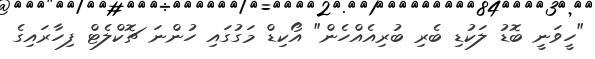
"ހީވަނީ ބޮޑު ލަކުޑި ބެރި ބުރިއެއްހެން" އޯކިޑް މަގުގައި ހުންނަ ޗޮކްލެޓް ފިހާރައިގެ